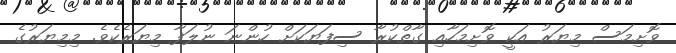
ވޮށިމަސް މިޔަރު އަކީ ވޮށިމަހާއި ގާތްކުރާ ސިފަޔަކަށް ހުންނަ ނުލަފާ މިޔަރެކެވެ. މިމިޔަރުގެ